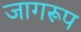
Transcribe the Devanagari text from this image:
जागरूप